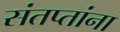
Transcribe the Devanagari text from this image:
संतप्तांना